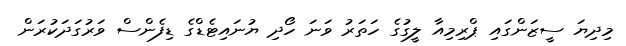
މިދިޔަ ސީޒަންގައި ޕްރިމިއާ ލީގުގެ ހަތަރު ވަނަ ހޯދި ޔުނައިޓެޑްގެ ޑިފެންސް ވަރުގަދަކުރަން